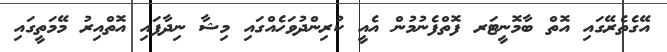
އޭގެތެރޭގައި އޮތް ބާމޮނީޓަރ ފޮތްފެނުމުން އެއީ ކުރިންދުވަހެއްގައި މިޝާ ނިދާފައި އޮތްއިރު މޭމަތީގައި